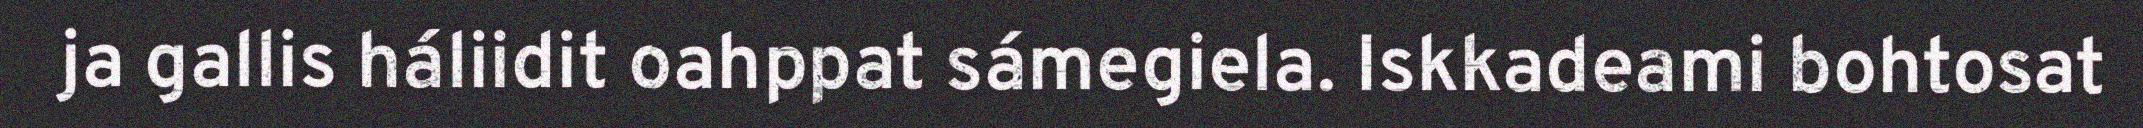
ja gallis háliidit oahppat sámegiela. Iskkadeami bohtosat